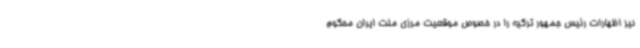
نیز اظهارات رئیس جمهور ترکیه را در خصوص موقعیت مرزی ملت ایران محکوم